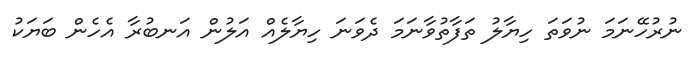
ނުރުހޭނަމަ ނުވަތަ ހިޔާލު ތަފާތުވާނަމަ ދެވަނަ ހިޔާލެއް އަލުން އަނބުރާ އެހެން ބަޔަކު